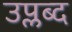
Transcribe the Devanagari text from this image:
उप्लब्द